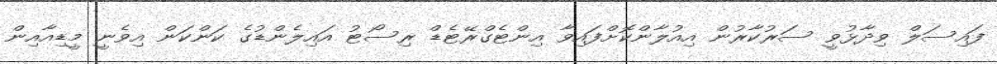
ފައިސަލް ވިދާޅުވީ ސަރުކާރުން އިއުލާންކޮށްފައިވާ އިންޓެގްރޭޓެޑް ރިސޯޓު އައިލެންޑުގެ ކަންކަން އިވެނީ މީޑިއާއިން